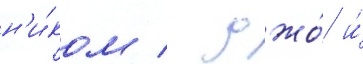
н'и́ком / джо́ и́